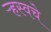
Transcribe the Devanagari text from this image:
ऱ्हस्वचे